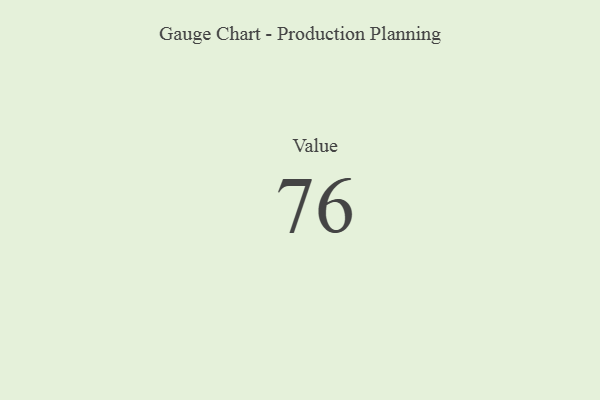
{"axis": {"x": "Metric", "y": "Value"}, "legend": [""], "data": [{"x": "Value", "y": 76, "type": ""}]}